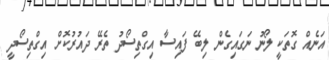
އަނެއް ގޮތަކީ ލޯނު ނަގައިގެން ލިބޭ ފައިސާާ އިގްތިސޯދު ތެރޭ ދައުރުކޮށް އިގްތިސޯދީ